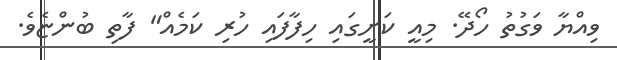
ވިއްޔާ ވަގުތު ހޯދޭ. މިއީ ކަށީގައި ހިފާފައި ހުރި ކަމެއް" ފާތި ބުންޏެވެ.